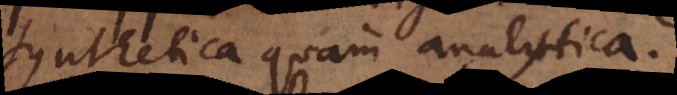
synthetica quam analytica.